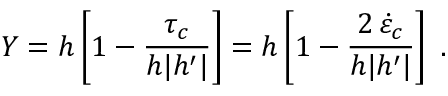
Y = h \left[ 1 - \frac { \tau _ { c } } { h | h ^ { \prime } | } \right] = h \left[ 1 - \frac { 2 \, \dot { \varepsilon } _ { c } } { h | h ^ { \prime } | } \right] \; .